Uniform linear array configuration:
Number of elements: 32
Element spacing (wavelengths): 1
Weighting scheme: exponential
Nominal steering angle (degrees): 0
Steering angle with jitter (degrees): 0.9514
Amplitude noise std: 0.05
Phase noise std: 0.05

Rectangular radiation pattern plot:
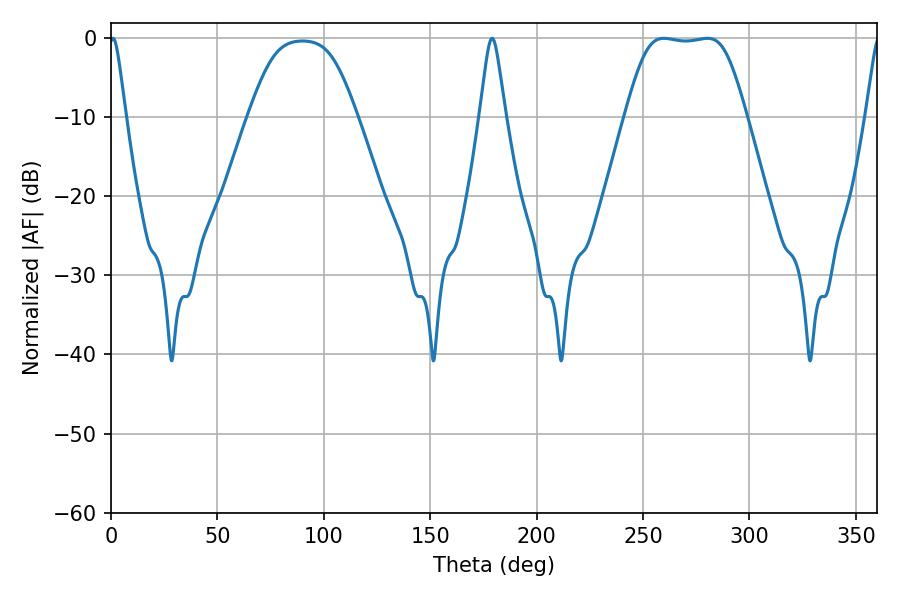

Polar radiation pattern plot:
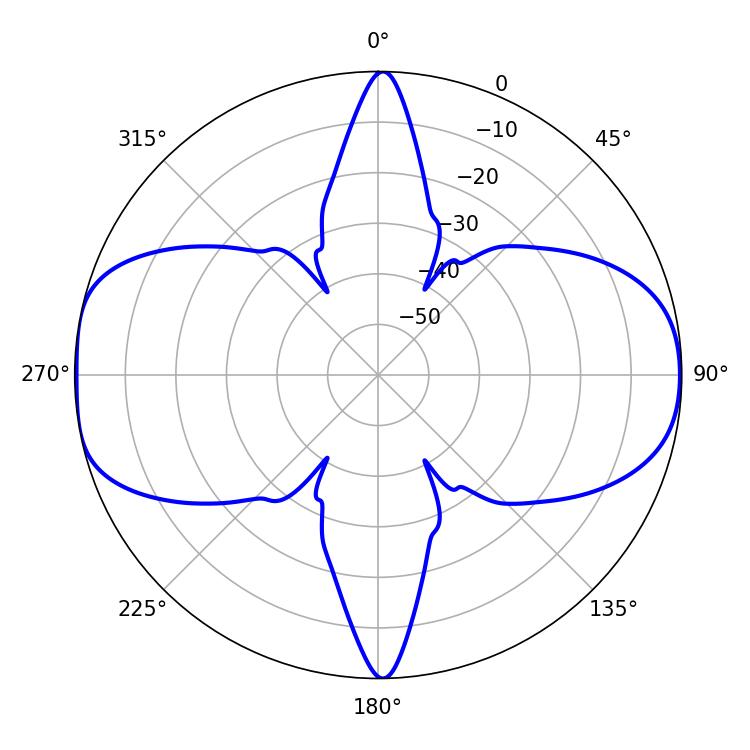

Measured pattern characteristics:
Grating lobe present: TRUE
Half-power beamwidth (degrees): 41.76
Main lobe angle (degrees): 259.74